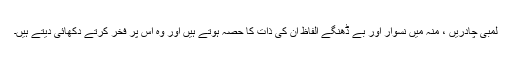
لمبی چادریں ، منہ میں نسوار اور بے ڈھنگے الفاظ ان کی ذات کا حصہ ہوتے ہیں اور وہ اس پر فخر کرتے دکھائی دیتے ہیں۔